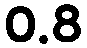
0.8